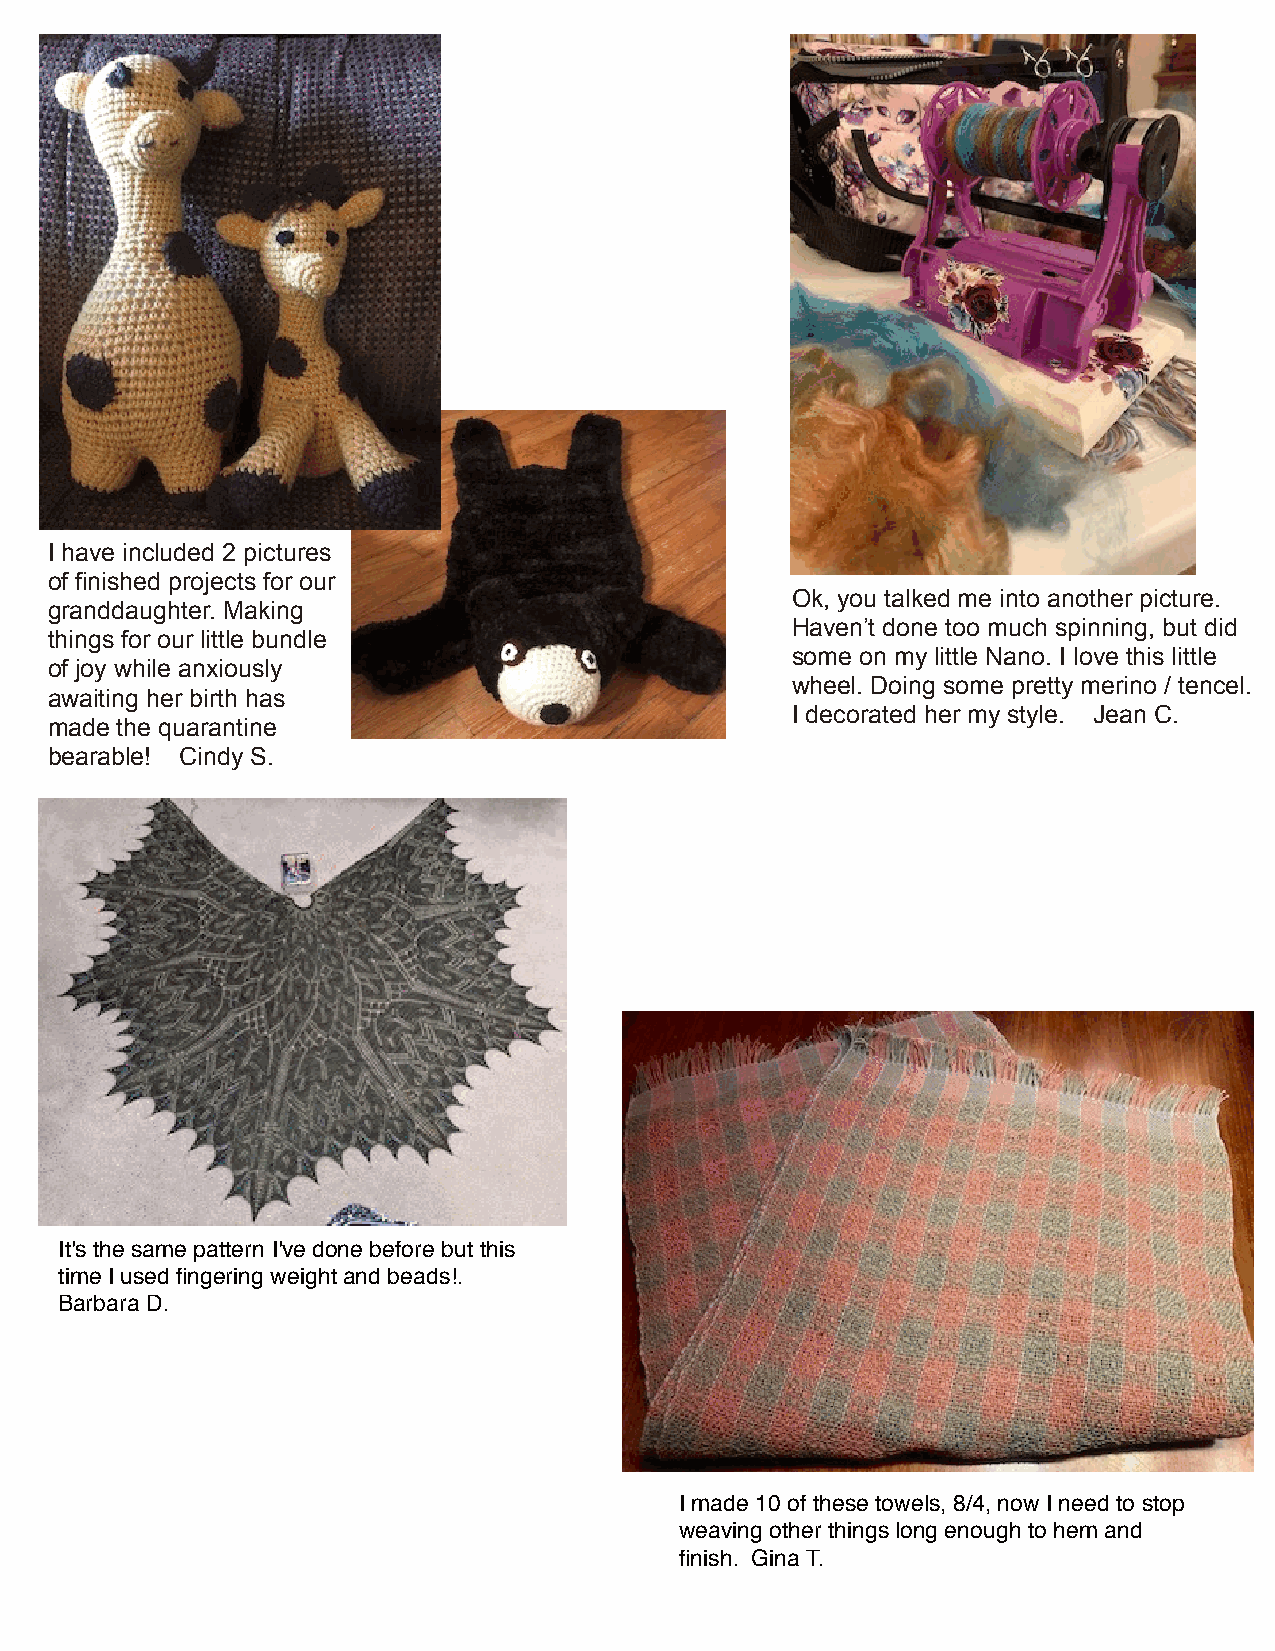
I have included 2 pictures
 of finished projects for our
 Ok, you talked me into another picture.
 granddaughter. Making
 Haven’t done too much spinning, but did
 things for our little bundle
 some on my little Nano. I love this little
 of joy while anxiously
 wheel. Doing some pretty merino / tencel.
 awaiting her birth has
 I decorated her my style. Jean C.
 made the quarantine
 bearable! Cindy S.
 It's the same pattern I've done before but this
 time I used fingering weight and beads!.
 Barbara D.
 I made 10 of these towels, 8/4, now I need to stop
 weaving other things long enough to hem and
 finish. Gina T.